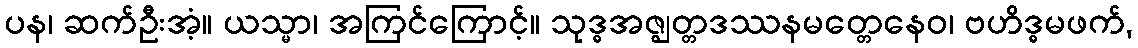
ပန၊ ဆက်ဦးအံ့။ ယသ္မာ၊ အကြင်ကြောင့်။ သုဒ္ဓအဇ္ဈတ္တဒဿနမတ္တေနေဝ၊ ဗဟိဒ္ဓမဖက်,